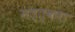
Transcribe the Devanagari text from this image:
मत्त्वता